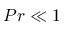
P r \ll 1